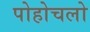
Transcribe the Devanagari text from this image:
पोहोचलो